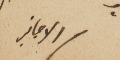
الاجانب